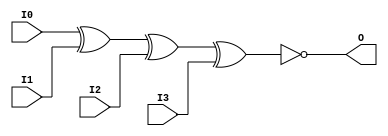
// $Header: /devl/xcs/repo/env/Databases/CAEInterfaces/xec_libs/data/unisims/XNOR4.v,v 1.1 2005/05/10 01:20:09 wloo Exp $

/*

FUNCTION	: 4-INPUT XNOR GATE

*/

`celldefine
`timescale  100 ps / 10 ps

module XNOR4 (O, I0, I1, I2, I3);

    output O;

    input  I0, I1, I2, I3;

	xnor X1 (O, I0, I1, I2, I3);

endmodule